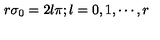
r \sigma _ { 0 } = 2 l \pi ; l = 0 , 1 , \cdots , r